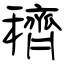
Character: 穧